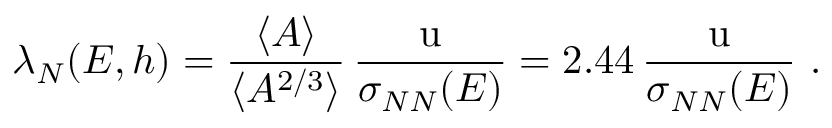
\lambda _ { N } ( E , h ) = { \frac { \langle A \rangle } { \langle A ^ { 2 / 3 } \rangle } } \, { \frac { \mathrm { u } } { \sigma _ { N N } ( E ) } } = 2 . 4 4 \, { \frac { \mathrm { u } } { \sigma _ { N N } ( E ) } } ~ .